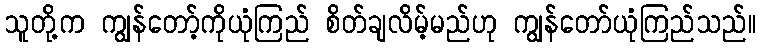
သူတို့က ကျွန်တော့်ကိုယုံကြည် စိတ်ချလိမ့်မည်ဟု ကျွန်တော်ယုံကြည်သည်။